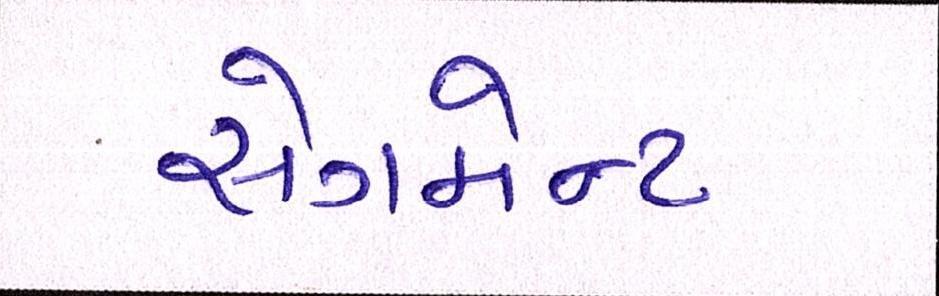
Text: સેગમેન્ટ